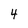
Character: 4